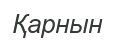
Қарнын